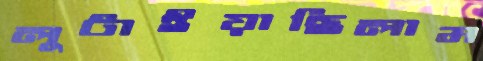
লুটাইয়াছিলাম